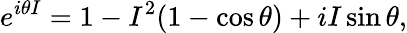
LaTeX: e^{i\theta I}=1-I^{2}(1-\cos\theta)+iI\sin\theta,